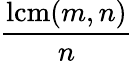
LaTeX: \frac{\operatorname{lcm}(m,n)}{n}